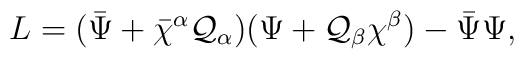
L=({\bar \Psi}+{\bar \chi}{}^\alpha {\cal Q}_\alpha)(\Psi+{\cal Q}_\beta\chi^\beta)-{\bar \Psi}\Psi,